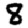
Digit: 8